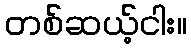
တစ်ဆယ့်ငါး။